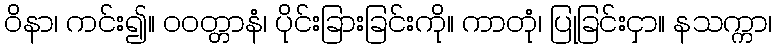
ဝိနာ၊ ကင်း၍။ ဝဝတ္တာနံ၊ ပိုင်းခြားခြင်းကို။ ကာတုံ၊ ပြုခြင်းငှာ။ နသက္ကာ၊